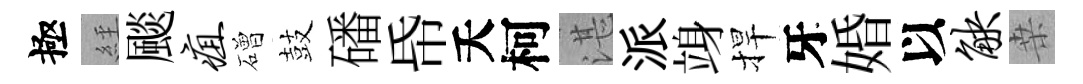
極𦀇颷疽磳鼓磻帋夭柯湛派竧捍牙婚以觖桒